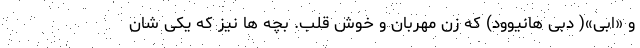
و «اَبی»( دبی هانیوود) که زن مهربان و خوش قلب. بچه ها نیز که یکی شان